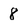
Character: 8